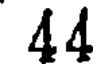
44